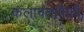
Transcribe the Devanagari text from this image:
कलावंतांपैकी